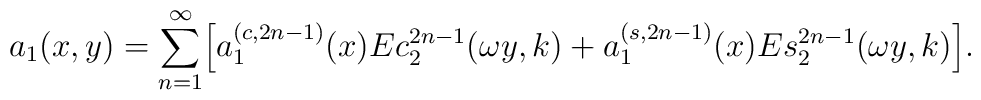
a_1(x,y)=\sum_{n=1}^{\infty}\Bigl[a_1^{(c,2n-1)}(x)Ec_2^{2n-1}(\omega y,k)+a_1^{(s,2n-1)}(x)Es_2^{2n-1}(\omega y,k)\Bigr].